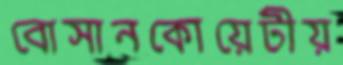
বোসানকোয়েটীয়